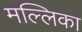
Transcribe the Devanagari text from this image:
मल्‍लिका